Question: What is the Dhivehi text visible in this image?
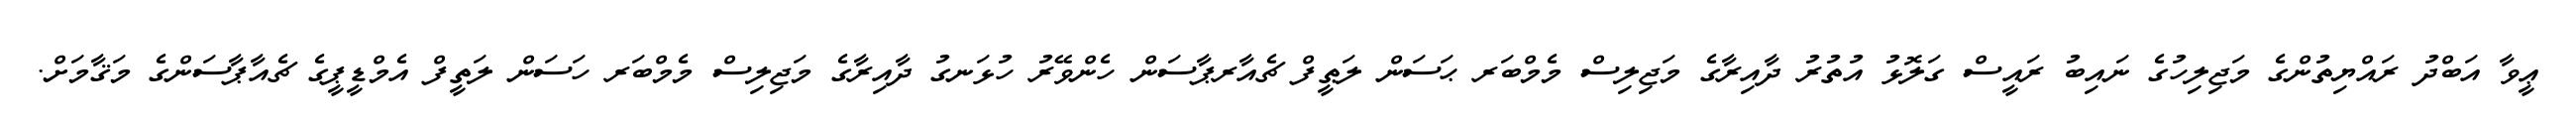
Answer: ޢީވާ އަބްދު ރައްޔިތުންގެ މަޖިލިހުގެ ނައިބު ރައީސް ގަލޮޅު އުތުރު ދާއިރާގެ މަޖިލިސް މެމްބަރ ޙަސަން ލަޠީފް ޗެއާރޕާސަން ހެންވޭރު ހުޅަނގު ދާއިރާގެ މަޖިލިސް މެމްބަރ ހަސަން ލަތީފް އެމްޑީޕީގެ ޗެއާޕާސަންގެ މަޤާމަށް.